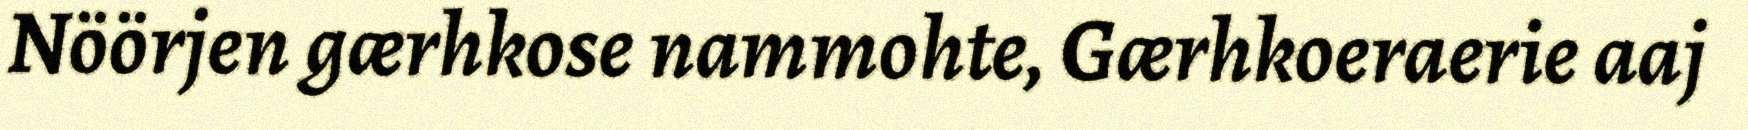
Nöörjen gærhkose nammohte, Gærhkoeraerie aaj